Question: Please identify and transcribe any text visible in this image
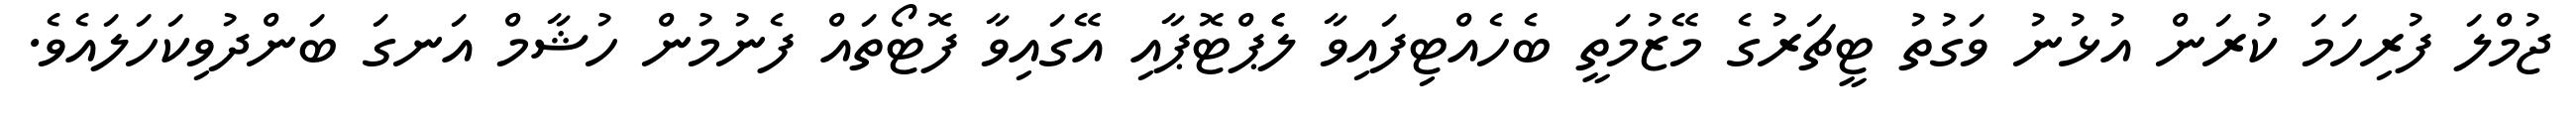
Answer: ޖުމްލަ ފުރިހަމަ ކުރަން އުޅުނު ވަގުތު ޓީޗަރުގެ މޭޒުމަތީ ބެހެއްޓިފައިވާ ލެެޕްޓޮޕާއި އޭގައިވާ ފޮޓޯތައް ފެނުމުން ހުޝާމް އަނގަ ބަންދުވިކަހަލައެވެ.